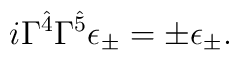
i\Gamma^{\hat{4}}\Gamma^{\hat{5}}\epsilon_\pm=\pm\epsilon_\pm.